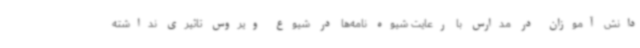
دانش آموزان در مدارس با رعایت شیوه نامه‌ها در شیوع ویروس تاثیری نداشته